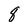
Character: 8